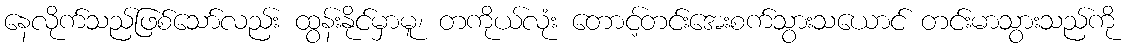
နေလိုက်သည်ဖြစ်သော်လည်း ထွန်းနိုင်မှာမူ၊ တကိုယ်လုံး တောင့်တင်းအေးစက်သွားသယောင် တင်းမာသွားသည်ကို